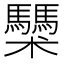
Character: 𩧌